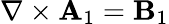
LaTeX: \nabla\times\textbf{A}_{1}=\textbf{B}_{1}